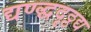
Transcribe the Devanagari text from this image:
द्यण्द्धदृठ्ठद्य